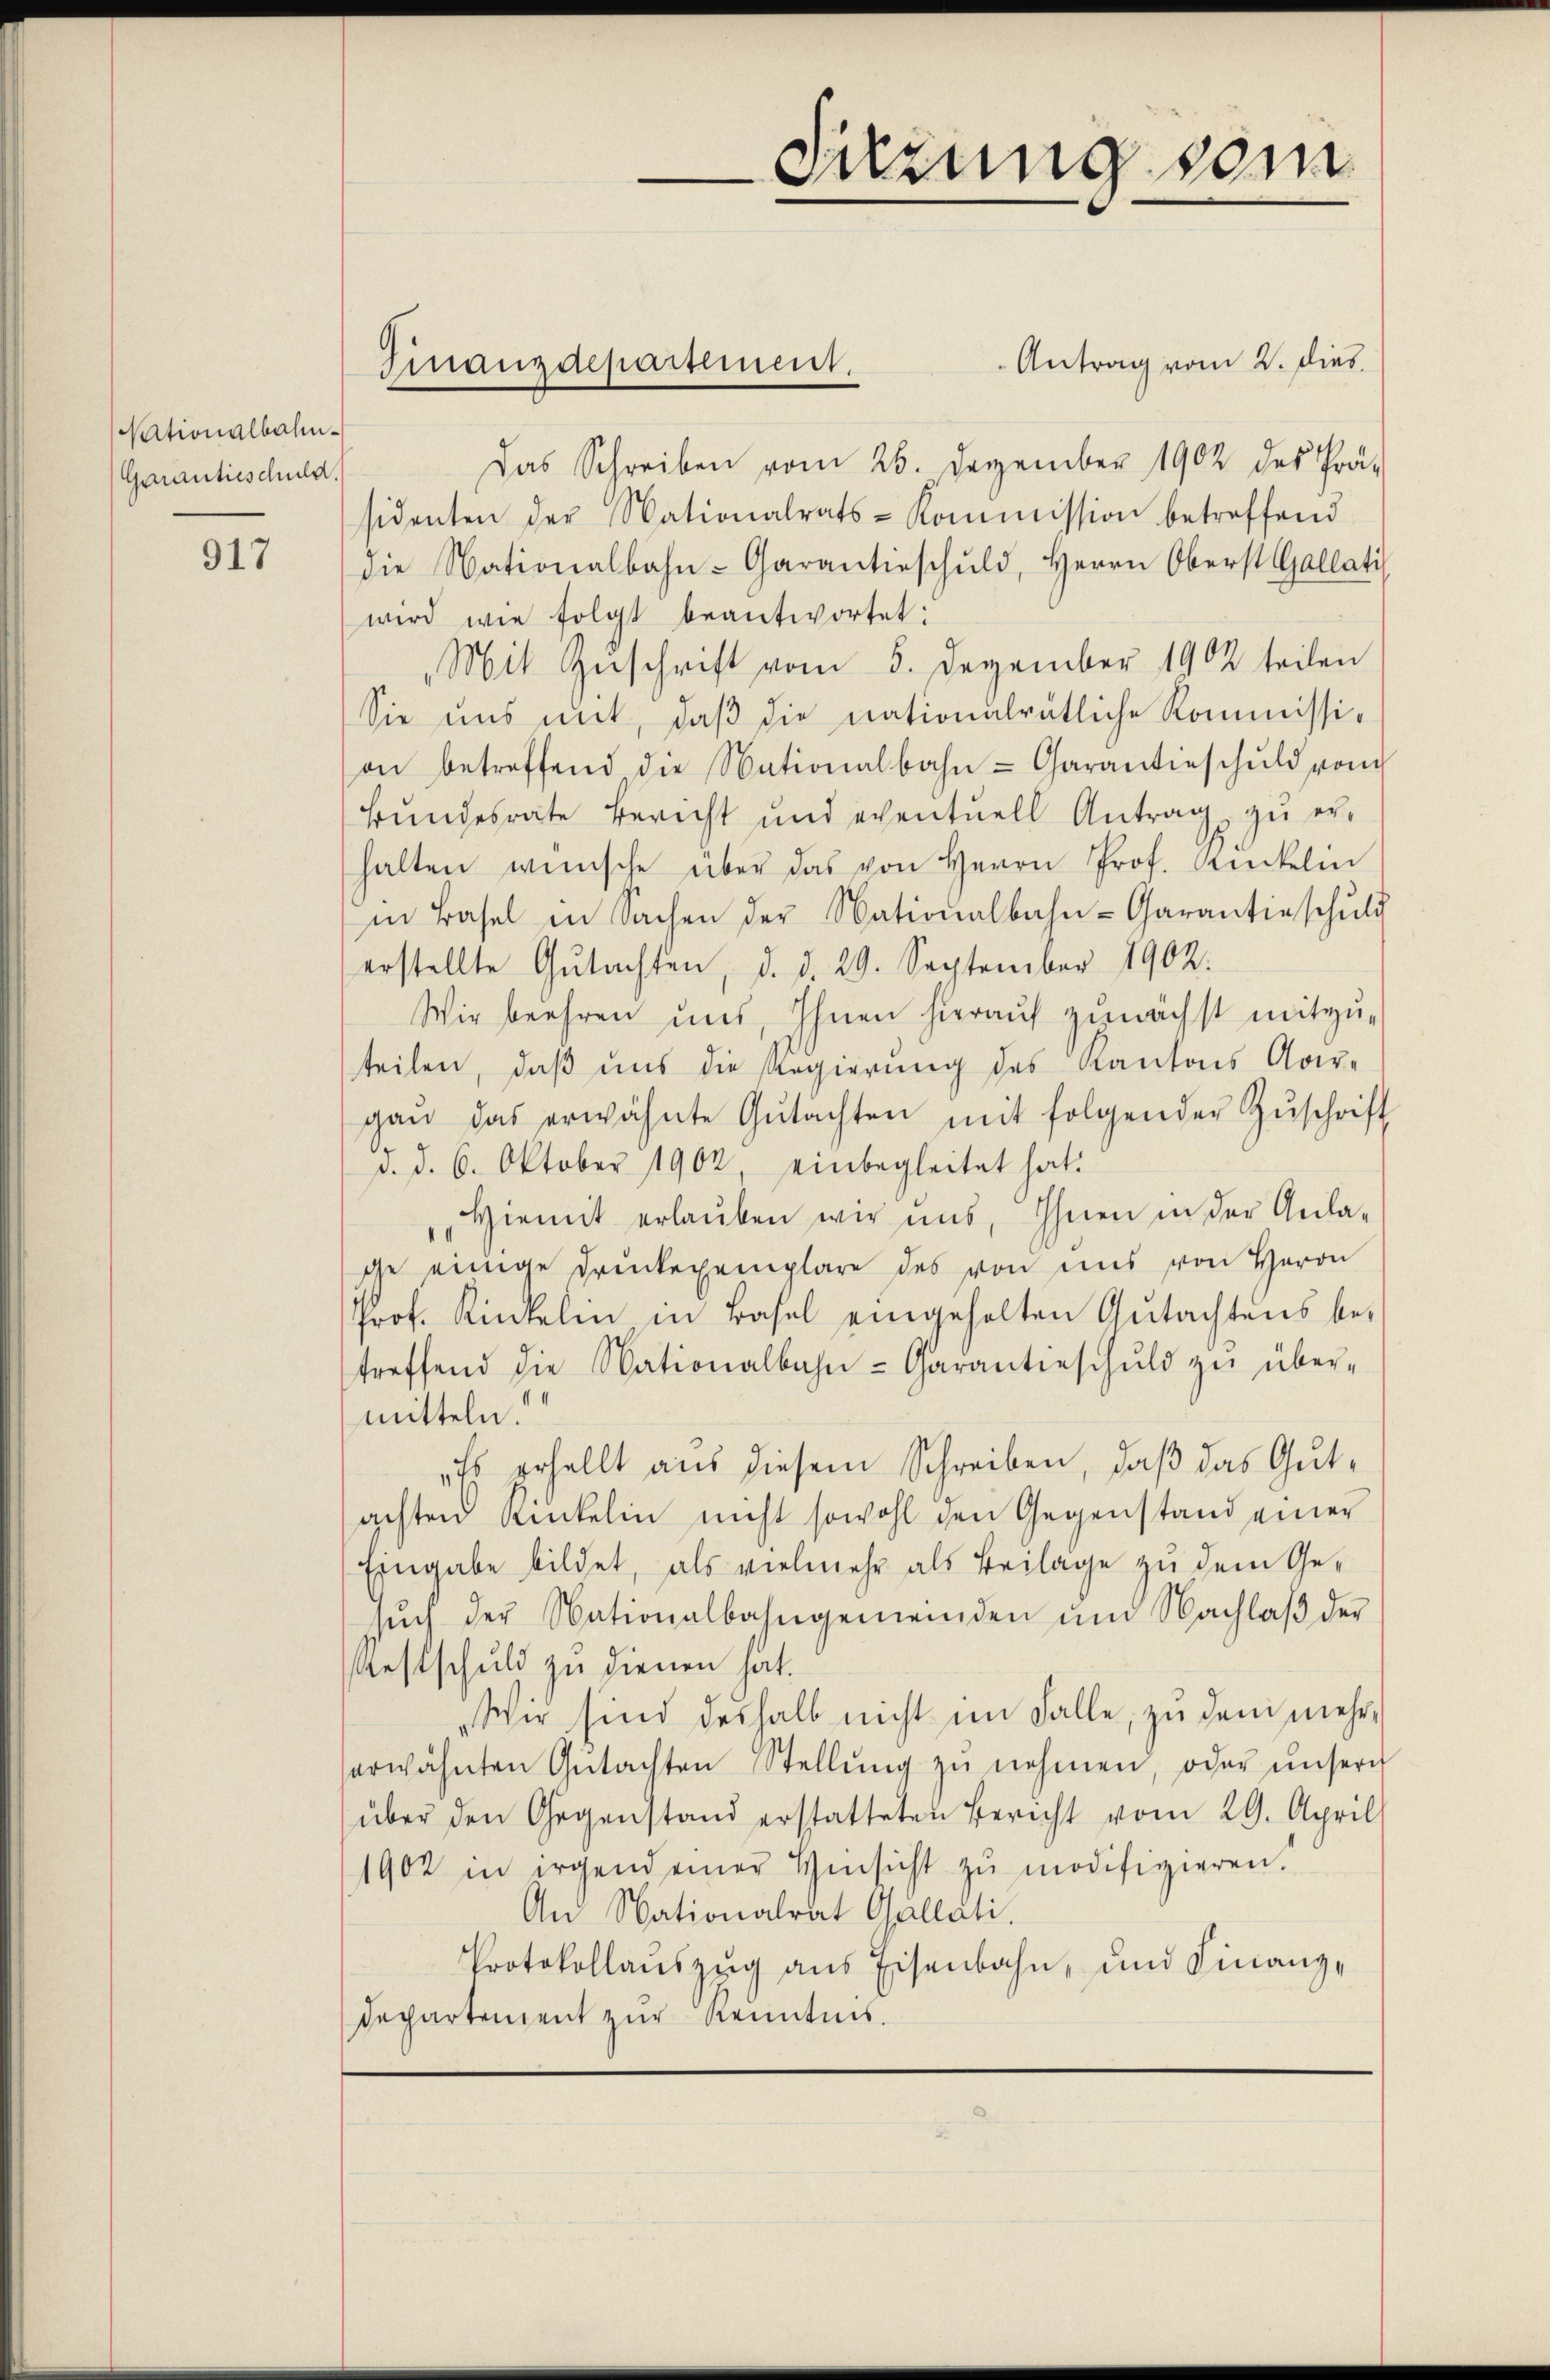
Nationalbahn¬
Garantieschuld.

917

Finanzdepartement.

Suzung vom

Antrag vom 2. Dies
Das Schreiben vom 26. Dezember 1902 des Prä-
sidenten der Nationalrats-Kommission betreffend
die Nationalbahn-Garantieschuld, Herrn Oberst Gallati
wird wie folgt beantwortet:
„Mit Zuschrift vom 5. Dezember 1902 teilen
Sie uns mit, daß die nationalrätliche Kommission betreffend die Nationalbahn-Carantieschuld von
Bundesrate Bericht und eventuell Antrag zu erhalten wünsche über das von Herrn Prof. Rickelin
in Basel in Sachen der Nationalbahn-Garantie schuld
erstellte Gŭtachten, d. d. 29. September 1902.
Wir beehren uns, Ihnen hierauf zunächst mitzuteilen, daß uns die Regierung des Kantons Aar-
gan das erwähnte Gŭtachten mit folgender Zŭschrift
d. d. 6. Oktober 1902, einbegleitet hat.
Hiemit erlauben wir uns, Ihnen in der Aula-
ge einige Druckexemplare des von uns von Herrn
Prof. Kinkelin in Basel eingeholten Gutachtens be-
treffend die Nationalbahn-Garantieschuld zŭ über-
mitteln.
Es erhellt aus diesem Schreiben, daß das Gutachten Kinkelin nicht sowohl den Gegenstand einer
Eingabe bildet, als vielmehr als Beilage zu dem Gesŭch der Nationalbahngemeinden ŭm Nachlaβ der
estschuld zu dienen hat.
Wir sind deshalb nicht im Falle, zu dem mehr,
erwähnten Gŭtachten Stellŭng zŭ nehmen, oder unsere
über den Gegenstand erstatteten Bericht vom 29. April
1902 in irgend einer Hinsicht zu modifizieren.
An Nationalrat Gallati.
Protokollaŭszŭg ans Eisenbahn, und Finanz¬
Departement zur Kenntnis.